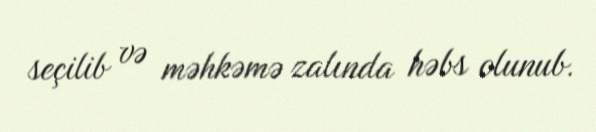
seçilib və məhkəmə zalında həbs olunub.